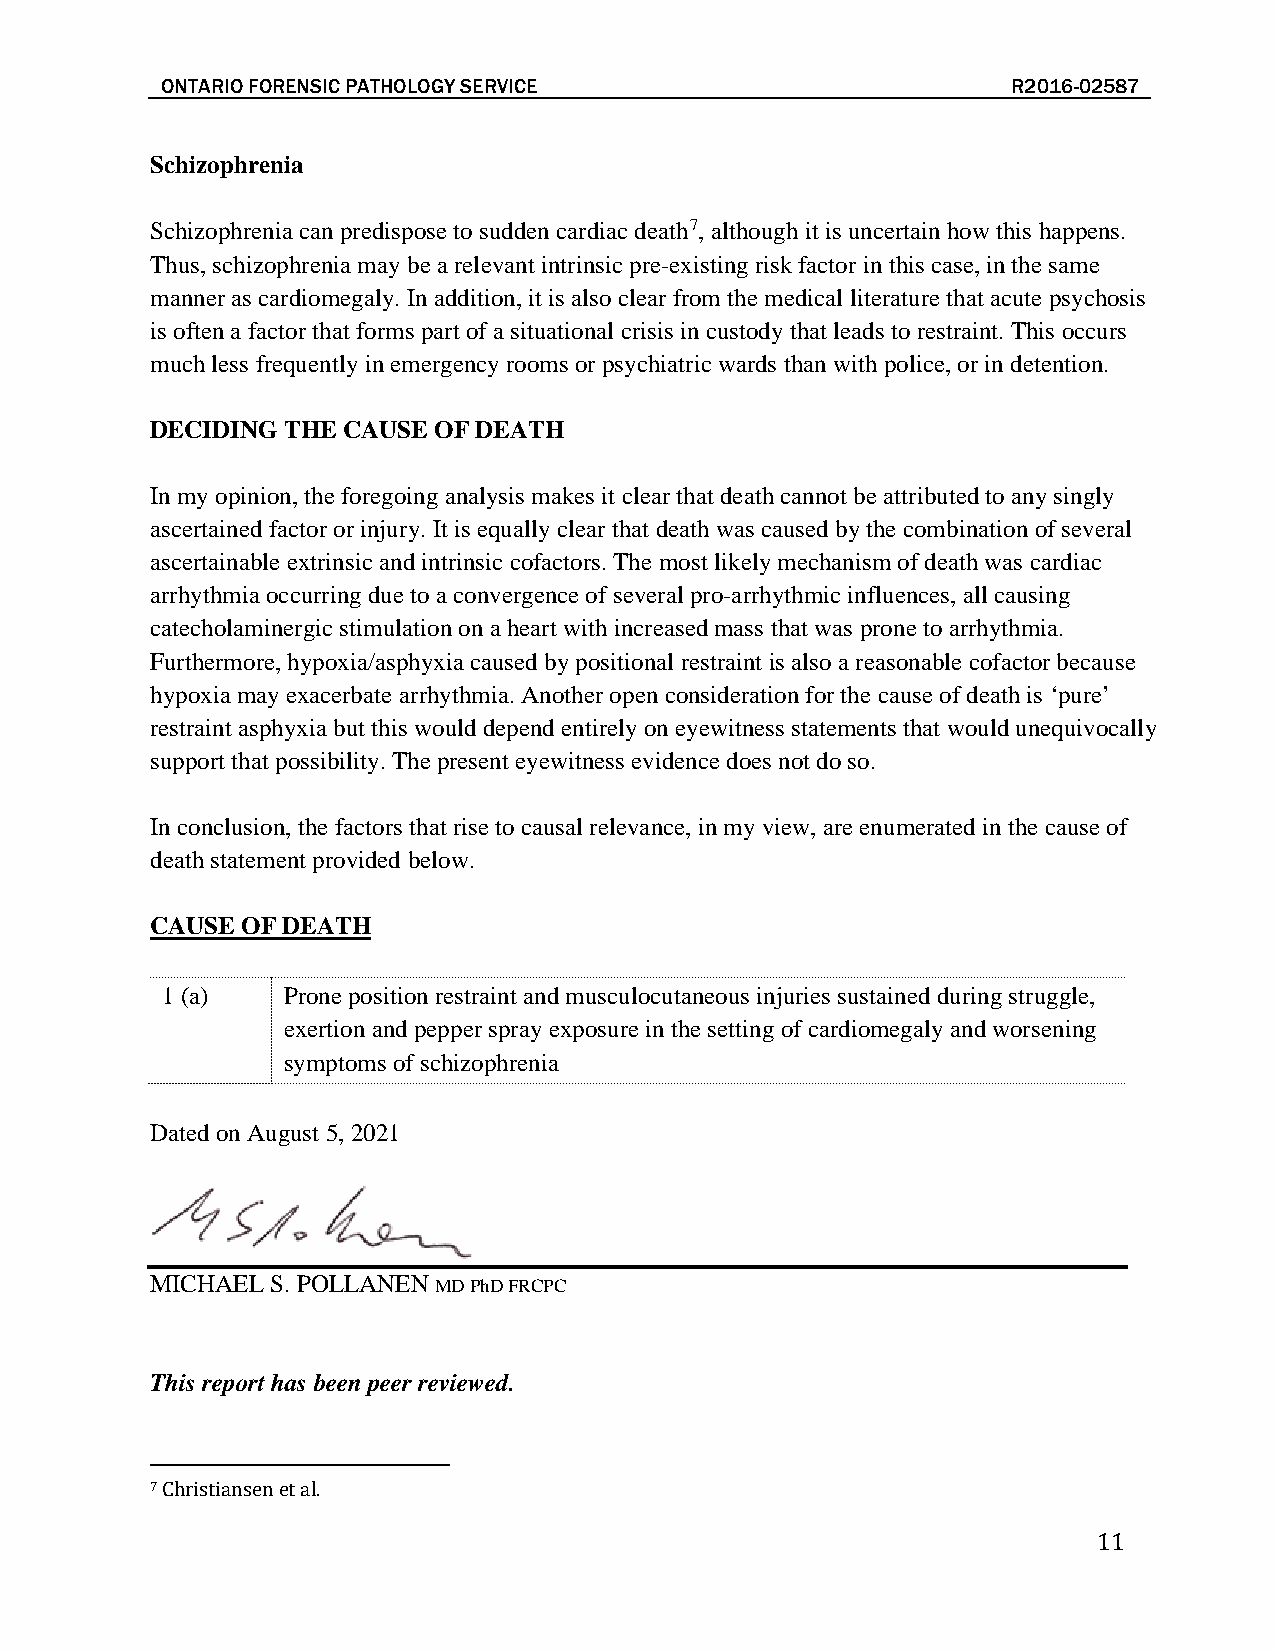
ONTARIO FORENSIC PATHOLOGY SERVICE                      R2016-02587
 Schizophrenia
 Schizophrenia can predispose to sudden cardiac death7, although it is uncertain how this happens.
 Thus, schizophrenia may be a relevant intrinsic pre-existing risk factor in this case, in the same
 manner as cardiomegaly. In addition, it is also clear from the medical literature that acute psychosis
 is often a factor that forms part of a situational crisis in custody that leads to restraint. This occurs
 much less frequently in emergency rooms or psychiatric wards than with police, or in detention.
 DECIDING THE CAUSE OF DEATH
 In my opinion, the foregoing analysis makes it clear that death cannot be attributed to any singly
 ascertained factor or injury. It is equally clear that death was caused by the combination of several
 ascertainable extrinsic and intrinsic cofactors. The most likely mechanism of death was cardiac
 arrhythmia occurring due to a convergence of several pro-arrhythmic influences, all causing
 catecholaminergic stimulation on a heart with increased mass that was prone to arrhythmia.
 Furthermore, hypoxia/asphyxia caused by positional restraint is also a reasonable cofactor because
 hypoxia may exacerbate arrhythmia. Another open consideration for the cause of death is ‘pure’
 restraint asphyxia but this would depend entirely on eyewitness statements that would unequivocally
 support that possibility. The present eyewitness evidence does not do so.
 In conclusion, the factors that rise to causal relevance, in my view, are enumerated in the cause of
 death statement provided below.
 CAUSE OF DEATH
 1 (a)   Prone position restraint and musculocutaneous injuries sustained during struggle,
 exertion and pepper spray exposure in the setting of cardiomegaly and worsening
 symptoms of schizophrenia
 Dated on August 5, 2021
 MICHAEL S. POLLANEN MD PhD FRCPC
 This report has been peer reviewed.
 7
 Christiansen et al.
 11